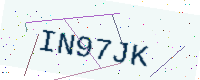
Text: IN97JK